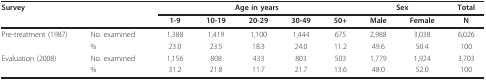
<table><thead><tr><td><b>Survey</b></td><td></td><td colspan="5"><b>Age in years</b></td><td colspan="2"><b>Sex</b></td><td><b>Total</b></td></tr><tr><td></td><td></td><td><b>1-9</b></td><td><b>10-19</b></td><td><b>20-29</b></td><td><b>30-49</b></td><td><b>50+</b></td><td><b>Male</b></td><td><b>Female</b></td><td><b>N</b></td></tr></thead><tbody><tr><td>Pre-treatment (1987)</td><td>No. examined</td><td>1,388</td><td>1,419</td><td>1,100</td><td>1,444</td><td>675</td><td>2,988</td><td>3,038</td><td>6,026</td></tr><tr><td></td><td>%</td><td>23.0</td><td>23.5</td><td>18.3</td><td>24.0</td><td>11.2</td><td>49.6</td><td>50.4</td><td>100</td></tr><tr><td>Evaluation (2008)</td><td>No. examined</td><td>1,156</td><td>808</td><td>433</td><td>803</td><td>503</td><td>1,779</td><td>1,924</td><td>3,703</td></tr><tr><td></td><td>%</td><td>31.2</td><td>21.8</td><td>11.7</td><td>21.7</td><td>13.6</td><td>48.0</td><td>52.0</td><td>100</td></tr></tbody></table>